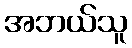
အဘယ်သူ